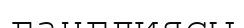
ганглиясы